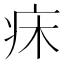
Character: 𤴷